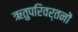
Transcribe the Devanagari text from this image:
ऋतुपरिवर्तनों